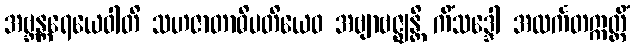
အဗ္ဘန္တရေယေဝါတိ သဟဇာတာဓိပတိယေဝ အဗျာဗဇ္ဈန္တိ ကိံသဒ္ဒေါ အလင်္ကတဣတ္ထိံ